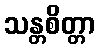
သန္တစိတ္တာ